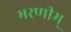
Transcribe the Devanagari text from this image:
भरणीम्